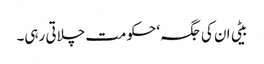
بیٹی ان کی جگہ‘ حکومت چلاتی رہی۔